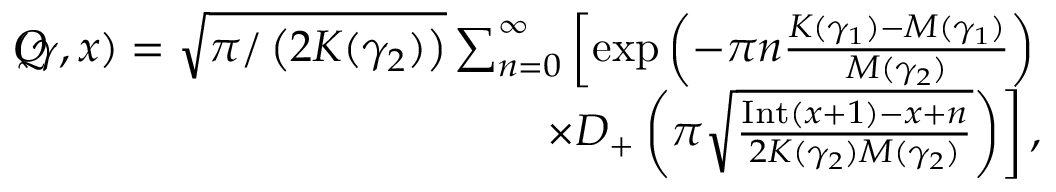
\begin{array} { r } { \lefteqn Q ( \gamma , x ) = \sqrt { \pi / \left( 2 K ( \gamma _ { 2 } ) \right) } \sum _ { n = 0 } ^ { \infty } \left[ \exp \left( - \pi { n } \frac { K ( \gamma _ { 1 } ) - M ( \gamma _ { 1 } ) } { M ( \gamma _ { 2 } ) } \right) \right. } \\ { \left. \times D _ { + } \left( \pi \sqrt { \frac { \mathrm { I n t } ( x + 1 ) - x + n } { 2 K ( \gamma _ { 2 } ) M ( \gamma _ { 2 } ) } } \right) \right] , } \end{array}